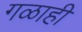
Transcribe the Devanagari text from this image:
गळाही